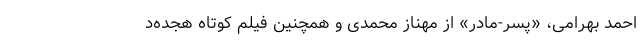
احمد بهرامی، «پسر-مادر» از مهناز محمدی و همچنین فیلم کوتاه هجده‌د